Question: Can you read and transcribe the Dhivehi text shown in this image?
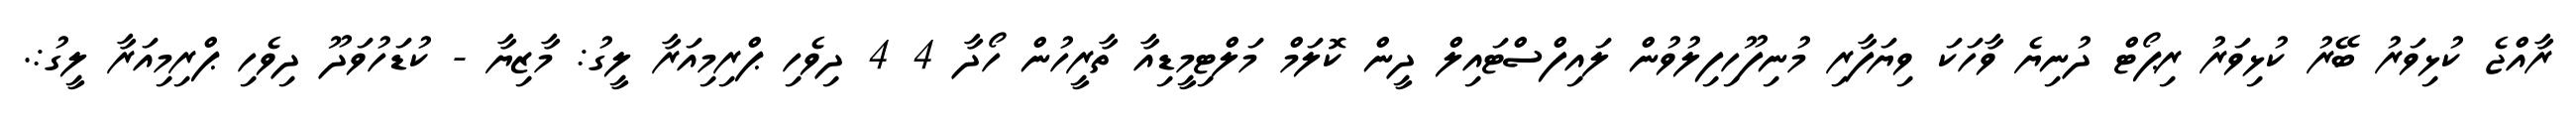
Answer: ރާއްޖެ ކުޅިވަރު ބޭރު ކުޅިވަރު ރިޕޯޓް ދުނިޔެ ވާހަކަ ވިޔަފާރި މުނިފޫހިފިލުވުން ލައިފްސްޓައިލް ދީން ކޮލަމް މަލްޓިމީޑިއާ ތާރީހުން ހޯދާ 4 4 ދިވެހި ޕްރިމިއަރާ ލީގު: މާޒިޔާ - ކުޑަހުވަދޫ ދިވެހި ޕްރިމިއަރާ ލީގު:.